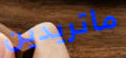
ماتريدين